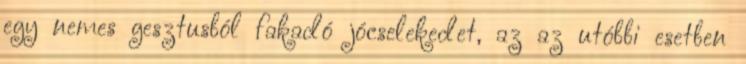
egy nemes gesztusból fakadó jócselekedet, az az utóbbi esetben